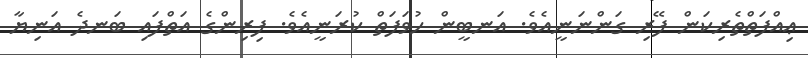
ޢިއްފަތްތެރިކަން ފޭރި ގަންނަނީއެވެ. އަނބީން ހުވަފަތް ކުރަނީއެވެ. ފިރިންގެ އަތްފައި ބަނދެ އަނިޔާ